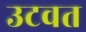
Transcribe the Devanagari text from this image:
उटवत